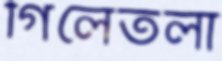
গিলেতলা